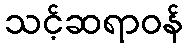
သင့်ဆရာဝန်